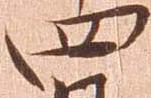
四